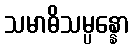
သမာဓိသမ္ပန္နော